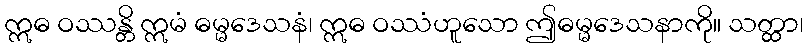
ဣဓ ဝဿန္တိ ဣမံ ဓမ္မဒေသနံ၊ ဣဓ ဝဿံဟူသော ဤဓမ္မဒေသနာကို။ သတ္ထာ၊